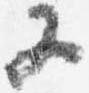
又